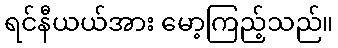
ရင်နီယယ်အား မော့ကြည့်သည်။